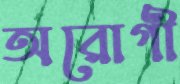
অরোগী